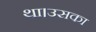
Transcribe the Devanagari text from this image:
था।उसका